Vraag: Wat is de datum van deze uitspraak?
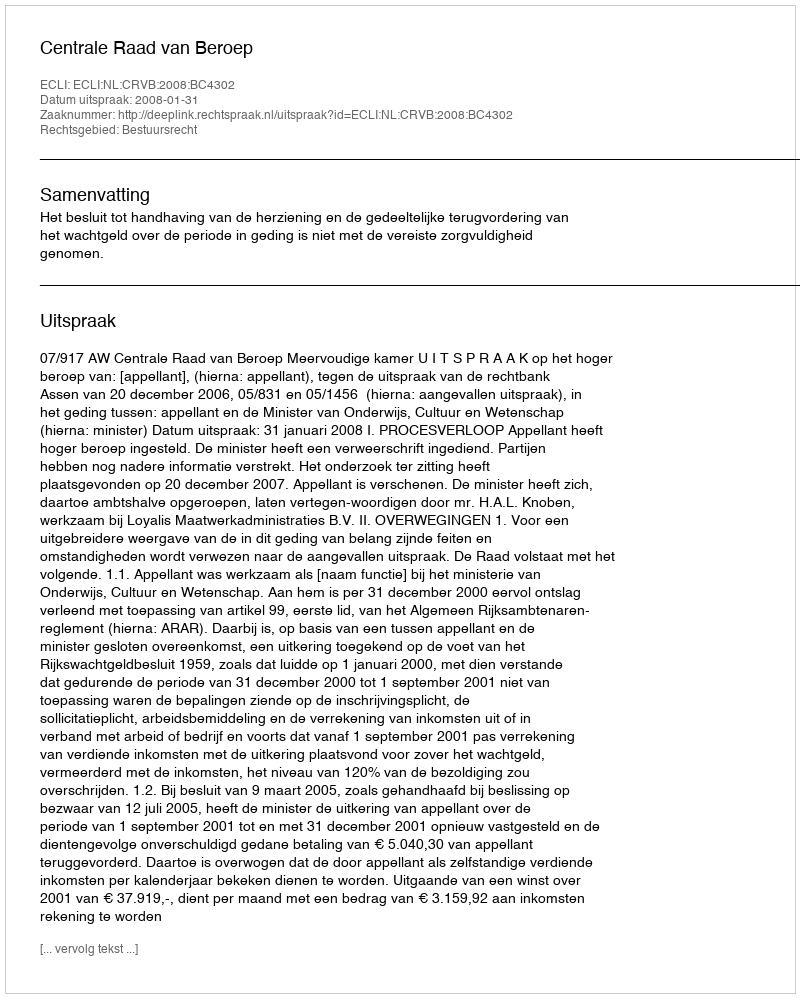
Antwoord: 2008-01-31